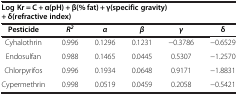
<table><thead><tr><td colspan="6"><b>Log Kr = C + α(pH) + β(% fat) + γ(specific gravity) + δ(refractive index)</b></td></tr><tr><td><b>Pesticide</b></td><td><b><i>R</i><sup><i>2</i></sup></b></td><td><b><i>α</i></b></td><td><b><i>β</i></b></td><td><b><i>γ</i></b></td><td><b>δ</b></td></tr></thead><tbody><tr><td>Cyhalothrin</td><td>0.996</td><td>0.1296</td><td>0.1231</td><td>−0.3786</td><td>−0.6529</td></tr><tr><td>Endosulfan</td><td>0.988</td><td>0.1465</td><td>0.0445</td><td>0.5307</td><td>−1.2570</td></tr><tr><td>Chlorpyrifos</td><td>0.996</td><td>0.1934</td><td>0.0648</td><td>0.9171</td><td>−1.8831</td></tr><tr><td>Cypermethrin</td><td>0.998</td><td>0.0519</td><td>0.0459</td><td>0.2058</td><td>−0.5421</td></tr></tbody></table>